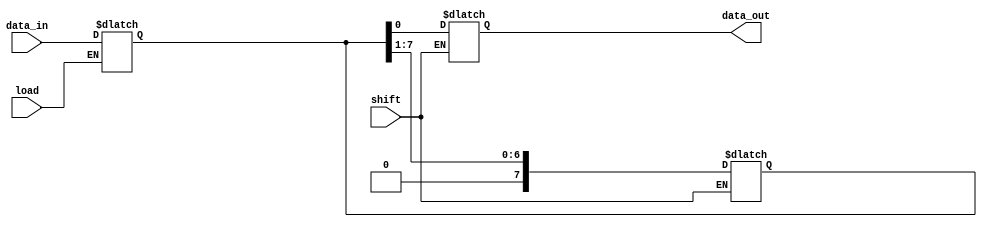
module PISO_Register #(
    parameter N = 8 // Width of the register (number of bits)
)(
    input  wire [N-1:0] data_in, // Parallel input data bus
    input  wire load,             // Active-high control signal to load data
    input  wire shift,            // Active-high control signal to shift data out
    output reg  data_out          // Serial output for shifted data
);

    reg [N-1:0] shift_reg; // Internal shift register

    // Asynchronous loading of data
    always @* begin
        if (load) begin
            shift_reg = data_in; // Load the parallel data into the shift register
        end
    end

    // Shifting operation
    always @* begin
        if (shift) begin
            data_out = shift_reg[0]; // Output the LSB
            shift_reg = {1'b0, shift_reg[N-1:1]}; // Shift right, inserting 0 at MSB
        end
    end

endmodule